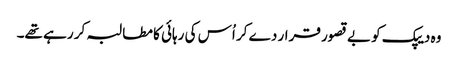
وہ دیپک کو بے قصور قرار دے کر اُس کی رہائی کا مطالبہ کر رہے تھے۔